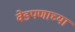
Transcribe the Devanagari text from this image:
वेडपणाच्या